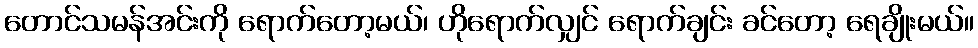
တောင်သမန်အင်းကို ရောက်တော့မယ်၊ ဟိုရောက်လျှင် ရောက်ချင်း ခင်တော့ ရေချိုးမယ်။